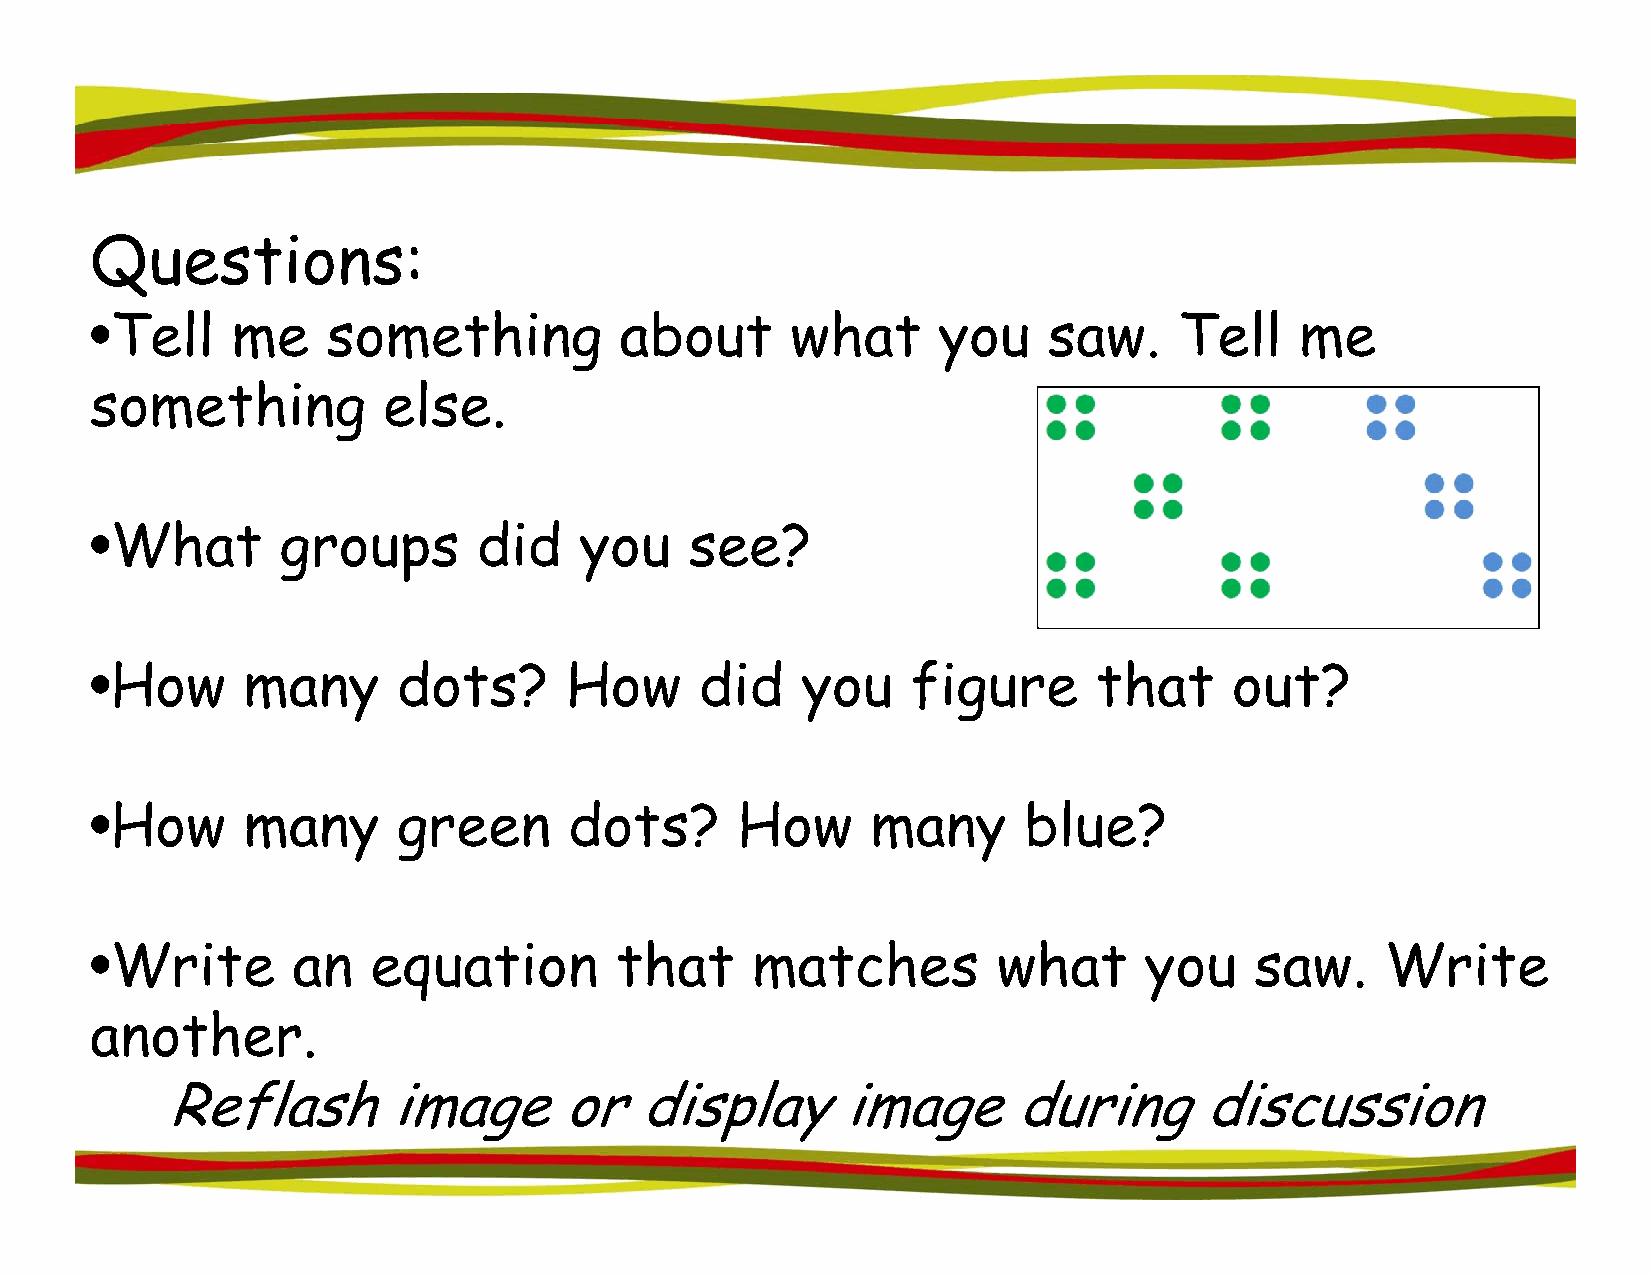
QQuestiions:
 •Tell    me     something          about      what      you    saw.     Tell    me
 ssoommeetthhiinngg eellssee.
 •WWhhaatt    ggrroouuppss ddiidd yyoouu sseeee??
 •How      manyy     dots?      How      did    yyou   figgure     that      out?
 •How      many      green       dots?      How      many      blue?
 •Write       an    equation        that     matches         what      you    saw.     Write
 aannootthheerr.
 Reflash        image      or   display       image      during      discussion